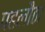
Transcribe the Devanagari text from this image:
पहलौठा